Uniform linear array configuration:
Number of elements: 4
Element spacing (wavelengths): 0.25
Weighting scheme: binomial
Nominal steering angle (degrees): -30
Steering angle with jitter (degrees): -29.822
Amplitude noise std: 0.05
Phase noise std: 0.05

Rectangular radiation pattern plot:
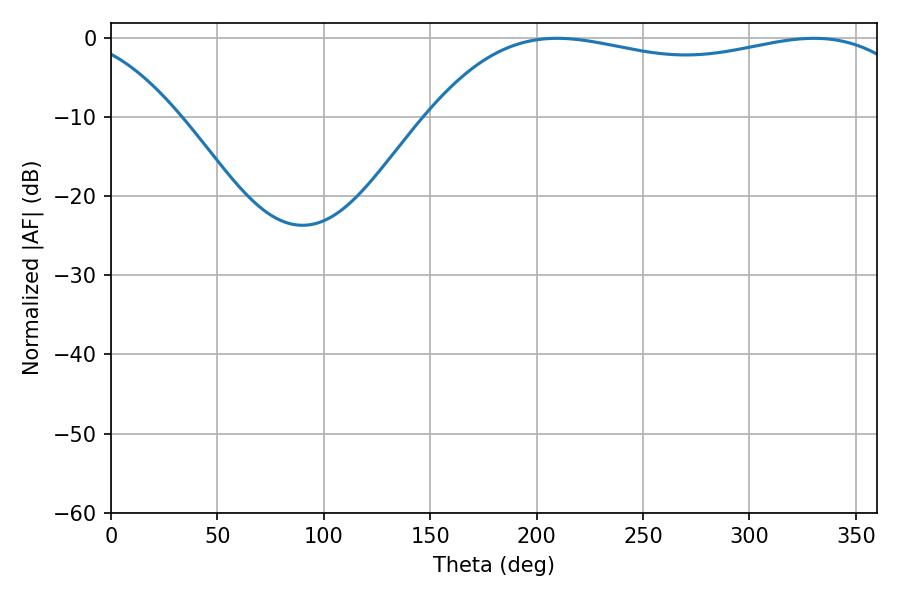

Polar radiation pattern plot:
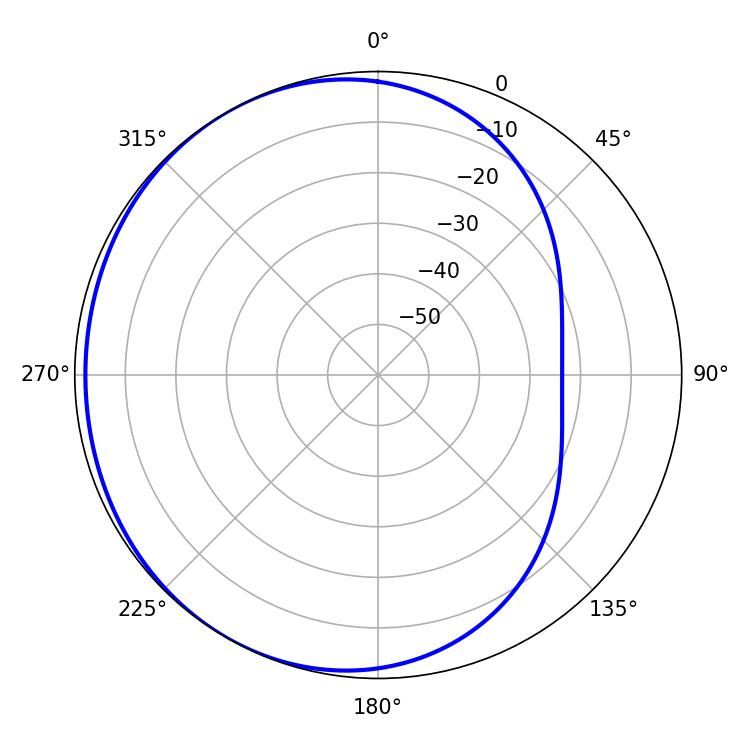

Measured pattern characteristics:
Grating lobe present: FALSE
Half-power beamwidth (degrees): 185.94
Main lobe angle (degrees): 209.7